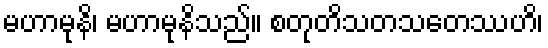
မဟာမုနိ၊ မဟာမုနိသည်။ စတုတိသတသတေဿဟိ၊